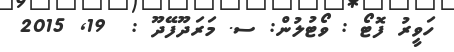
ހަވީރު ފޮޓޯ : ވޯޓުލުން: ސ. މަރަދޫފޭދޫ :  19